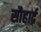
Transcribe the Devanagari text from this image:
सौहार्द्र